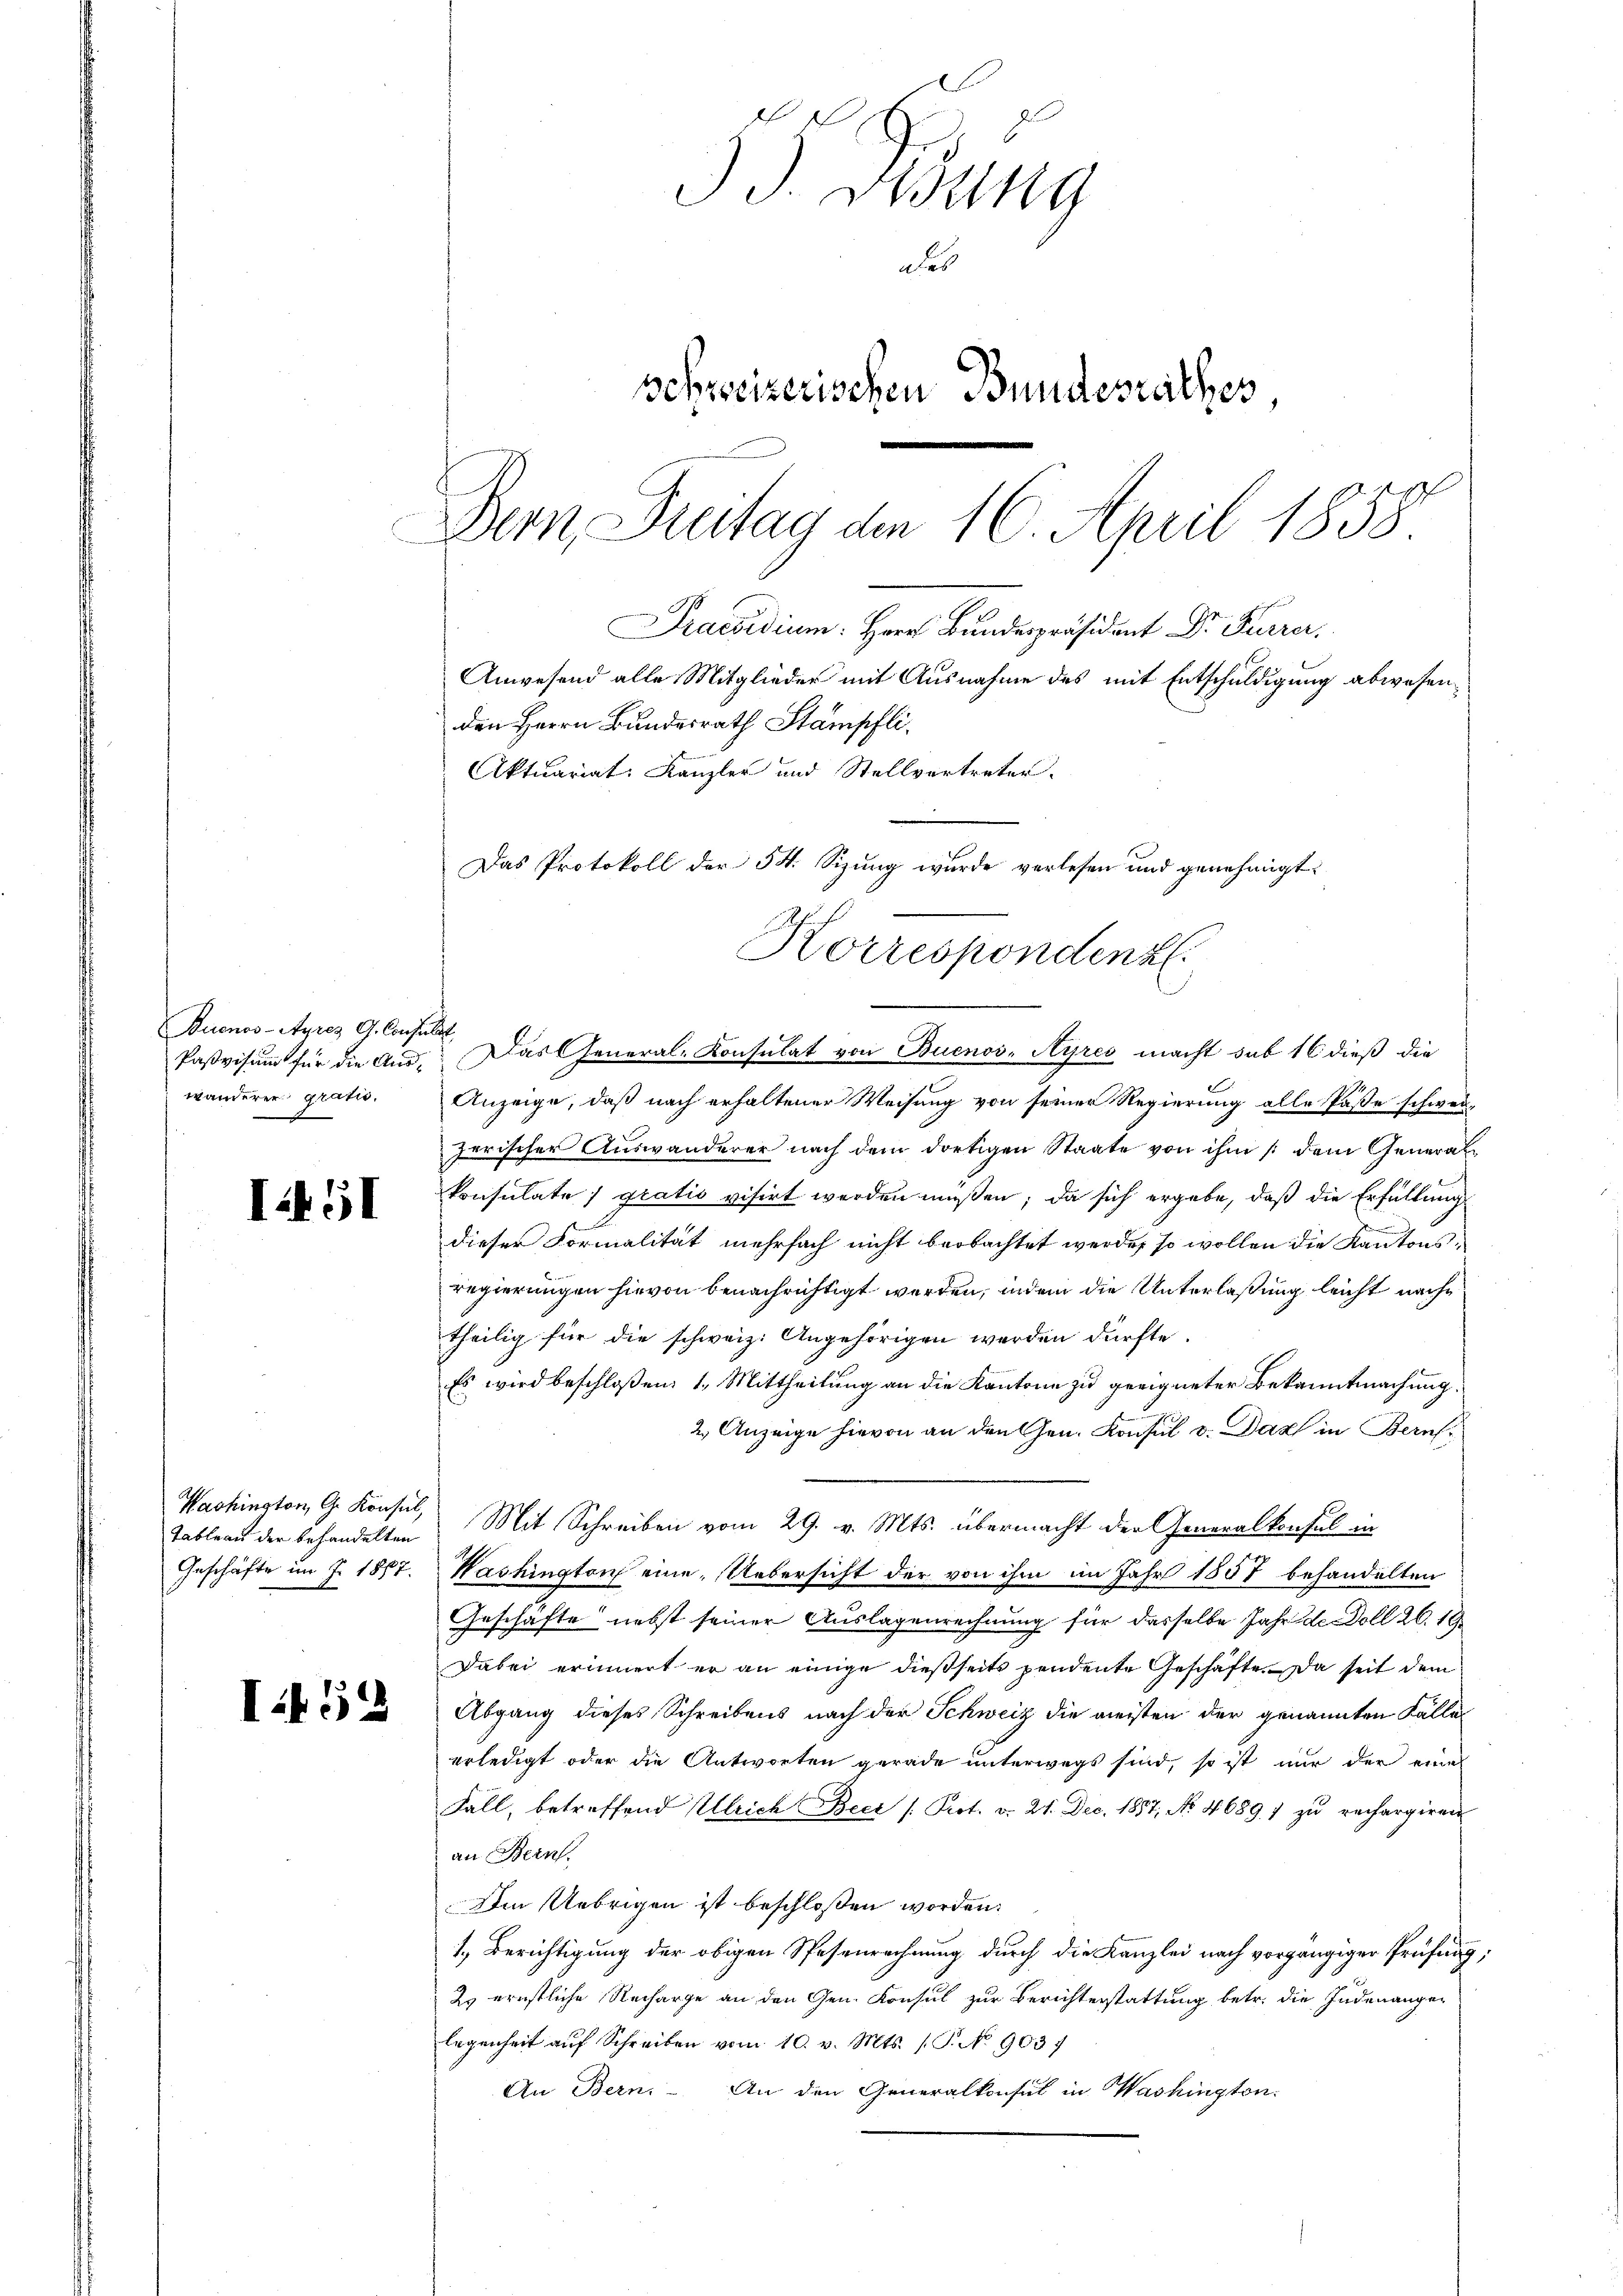
D
5 Hung
des
schweizerischen Bundesrathes
Dem Freitag den 16. April 1858
Praesidium. Herr Bundespräsident Dr. Furrer.
Anwesend alle Mitglieder mit Ausnahme des mit Entschuldigung abwesen
den Herrn Bundesrath Stampfli
Aktuariat. Kanzler und Stellvertreter.
Das Protokoll der 54. Sizung wurde verlesen und genehmigt.

Korrespondenz

Das General-Consulat von Buenos-Ayres macht sub 16 dieß die
Anzeige, daß nach erhaltener Weisung von seiner Regierung alle Pässe schwei-
zerischer Auswanderer nach dem dortigen Staate von ihm (dem Generalkonsulate) gratis visirt werden müßen; da sich ergebe, daß die Erfüllung
d
dieser Formalität mehrfach nicht beobachtet werde, so wollen die Kantonsregierungen hievon benachrichtigt werden, indem die Unterlaßung leicht nachtheilig für die schweiz. Angehörigen werden dürfte.
Es wird beschloßen: 1. Mittheilung an die Kantone zu geeigneter Bekanntmachung.
2.) Anzeige hievon an den Gen. Konsul v. Daz in Bern
Mit Schreiben vom 29. v. Mts. übermacht der Generalkonsul in
Washington eine Uebersicht der von ihm im Jahr 1857 behandelten
Geschäfte nebst seiner Auslagenrechnung für dasselbe Jahr de Doll 26. 19.
Dabei erinnert er an einige dießseits pendente Geschäfte. Da seit dem
Abgang dieses Schreibens nach der Schweiz die meisten der genannten Fälle
erledigt oder die Antworten gerade unterwegs sind, so ist nur der eine
Fall, betreffend Ulrich Beer (Prot. v. 21. Dec. 1857, No 4689 f zŭ rechargiren
an Bern.
Im Uebrigen ist beschloßen worden.
1. Berichtigung der obigen Spesenrechnung durch die Kanzlei nach vorgängiger Prüfung,
29 ernstliche Recharge an den Gen. Konsul zur Berichterstattung betr. die Indenangelegenheit auf Schreiben vom 10. v. Mts. (T. No 903.
An Bern. An den Generalkonsul in Washington

Buenos-Ayres G. Consuls
Pasvisum für die Auswanderer gratio

I451

Washington, G. Konsul,
Tableau der behandelten
Geschäfte im J. 1877.

I412